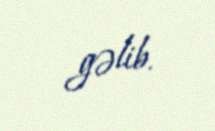
gəlib.